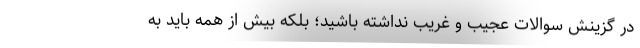
در گزینش سوالات عجیب و غریب نداشته باشید؛ بلکه بیش از همه باید به